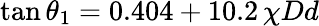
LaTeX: \tan\theta_{1}=0.404+10.2\, \chi Dd